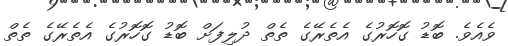
ވެއެވެ. ބޮޑު ގޮހޮރުގެ އެތެރޭގެ ތެތް ދުލިފަށް ބޮޑު ގޮހޮރުގެ އެތެރޭގެ ތެތް